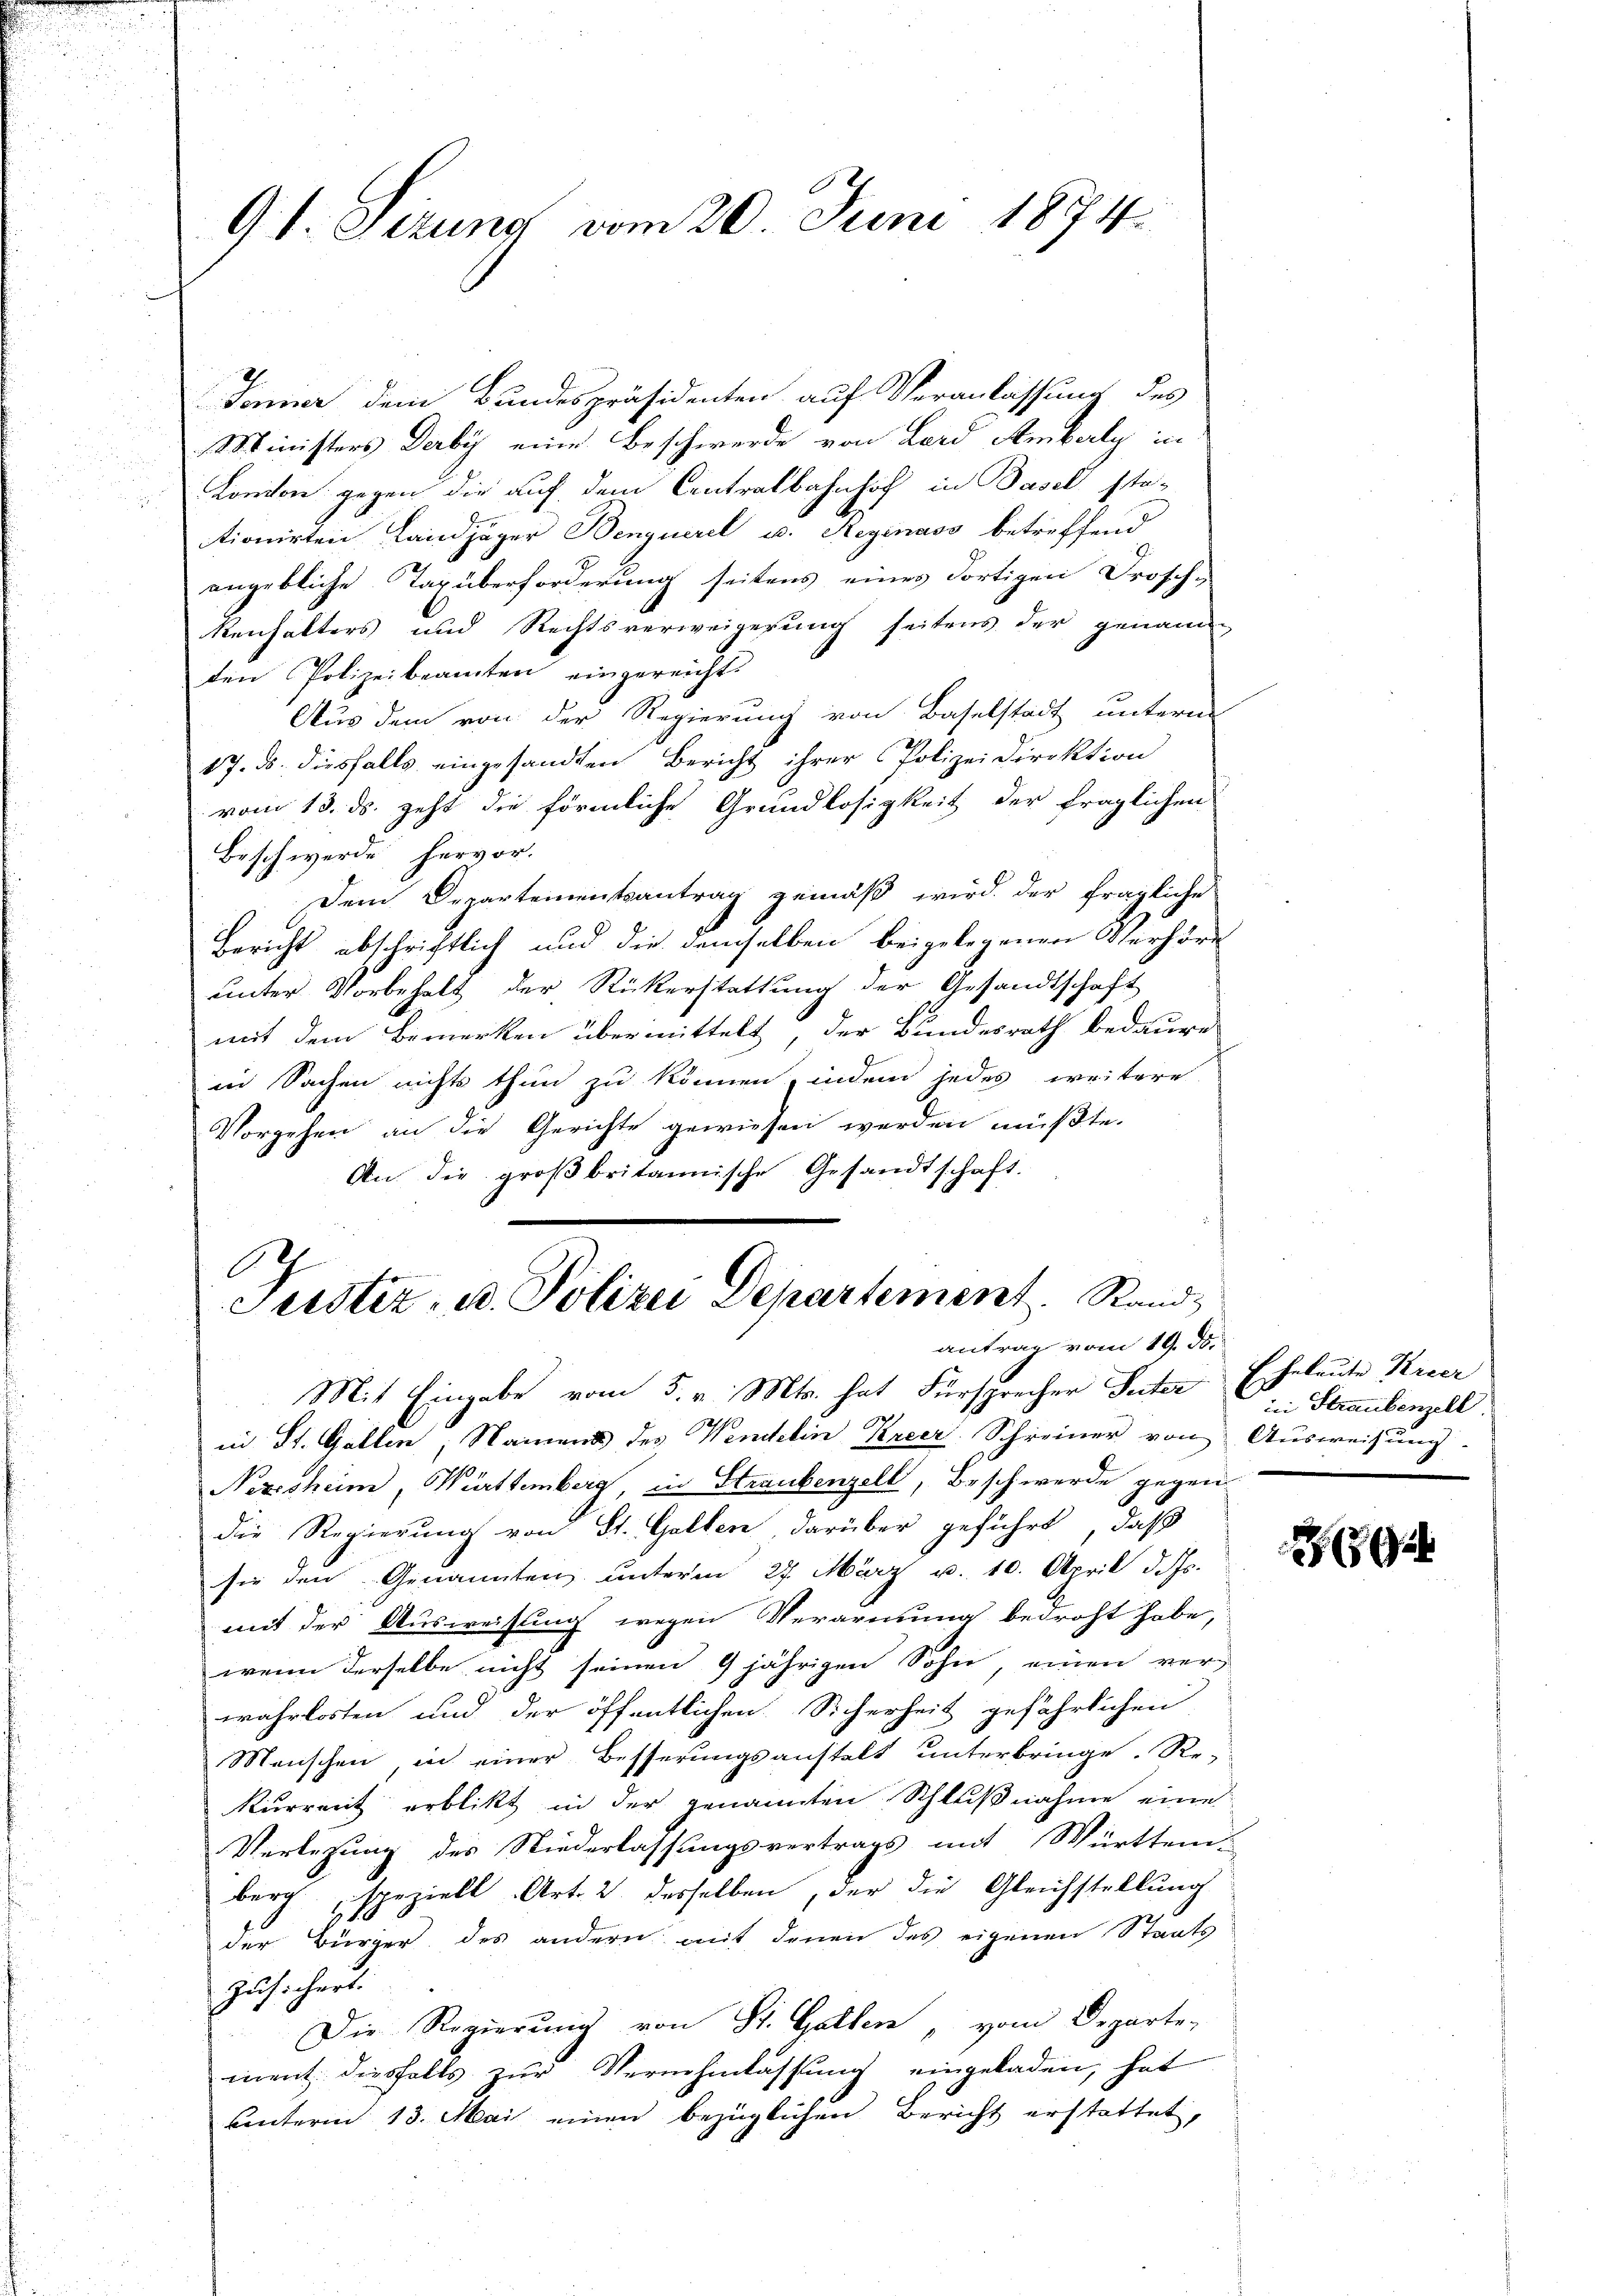
91. Sizung vom 20. Juni 1874.

Jenner dem Bundespräsidenten auf Veranlassung des
Ministers Derby eine Beschwerde von Lord Amberly in
Kanton gegen die auf dem Centralbahnhoch in Basel sta-
tionirten Landjäger Benquerel u. Reginass betreffend
angebliche Taxüberforderung seitens eines dortigen Frosch-
Renhalters und Rechtsverweigerung seitens der genann
ten Polizeibeamten eingereicht.
Aus dem von der Regierung von Baselstadt unterm
17. ds. diesfalls eingesandten Bericht ihrer Polizei Direktion
vom 13. ds. geht die förmliche Grundlosigkeit der fraglichen
Beschwerde hervor.
Dem Departementsantrag gemäß wird der fragliche
Bericht abschriftlich und die demselben beigelegenen Verhöre
unter Vorbehalt der Rickerstattung der Gesandtschaft
mit dem Bemerken übermittelt, der Bundesrath bedaure
in Sachen nichts thun zu können, indem jedes weitere
Vorgehen an die Gerichte gewiesen werden müßte.
An die großbritannische Gesandtschaft.

Justiz- u. Polizei Departement. Rand,
antrag vom 19. ds.

Mit Eingabe vom 5. v. Mts. hat Fürsprecher Seiter Eheleute Keser
in St. Gallen, Namens des Wendelin Kreer. Schreiner von Ausweisung
Nezesheim, Württemberg, in Straubenzell, Beschwerde gegen
die Regierung von St. Gallen darüber geführt, daß
sie den Genannten unterm 27. März u. 10. April d. Js.
mit der Ausweisung wegen Verarmung bedroht habe,
wenn derselbe nicht seinen 9 jährigen Sohn, einen ver-
wahrlosten und der öffentlichen Sicherheit gefährlichen
Menschen in einer Besserungsanstalt unterbringe. Re-
Kurrent erblickt in der genannten Schlußnahme eine
Verlesung des Niederlassungsvertrags mit Württem-
berg speziell Art. 2 desselben, der die Gleichstellung
der Bürger, des andern mit denen des eigenen Staats
Zusichert.
Die Regierung von St. Galler " vom Departe-
ment diesfalls zur Vernehmlassung eingeladen, hat
unterm 13. Mai einen bezüglichen Bericht erstattet,

in Straubenzell.

G